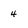
Character: 4